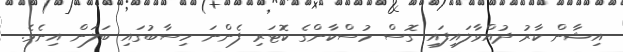
އިޝާން ކާރު ދުއްވާލައިފައި ގޮސް މުސްކާންގެ ކޮޓަރި ފެންނަ ހިސާބުގައި ބަލަން އިނެވެ.